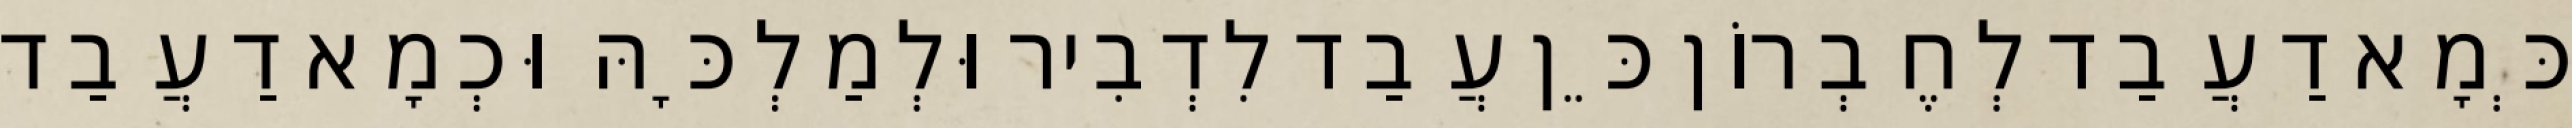
כְּמָא דַעֲבַד לְחֶבְרוֹן כֵּן עֲבַד לִדְבִיר וּלְמַלְכָּהּ וּכְמָא דַעֲבַד